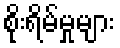
စိုးရိမ်မှုများ